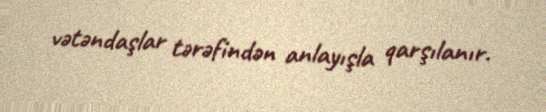
vətəndaşlar tərəfindən anlayışla qarşılanır.